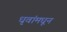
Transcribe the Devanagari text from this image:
धृवांमधून